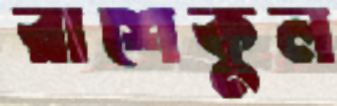
রাশেকুল